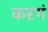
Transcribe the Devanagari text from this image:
करगं